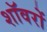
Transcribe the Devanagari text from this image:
शॉवरों